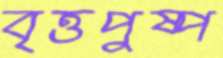
বৃত্তপুষ্প